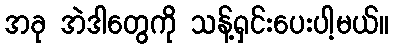
အခု အဲဒါတွေကို သန့်ရှင်းပေးပါ့မယ်။